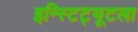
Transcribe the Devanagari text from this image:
इन्स्टिट्यूटला